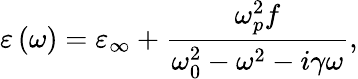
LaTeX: \varepsilon\left(\omega\right)=\varepsilon_{\infty}+\frac{\omega_{p}^{2}f}{\omega_{0}^{2}-\omega^{2}-i\gamma\omega},